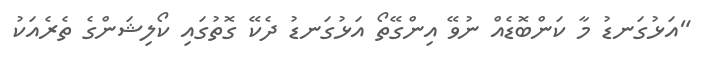
"އަޅުގަނޑު މާ ކަންބޮޑެއް ނުވޭ އިންގޭތޯ އަޅުގަނޑު ދެކޭ ގޮތުގައި ކޯލިޝަންގެ ތެރެއަކު